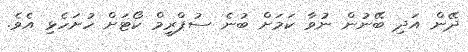
ދޭން އަދި ބޭނުން ނުވާ ކަަމަށް ބުނެ ސުޕްރީމް ކޯޓަށް ހުށަހެޅި އެވެ.